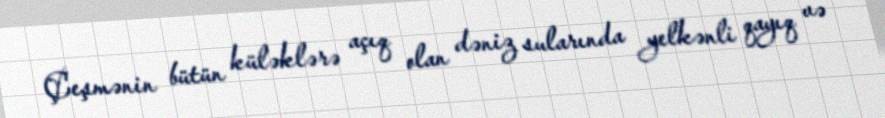
Çeşmənin bütün küləklərə açıq olan dəniz sularında yelkənli qayıq və